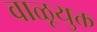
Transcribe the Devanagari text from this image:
वाळूयुक्त